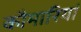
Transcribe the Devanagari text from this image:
कौमारियां